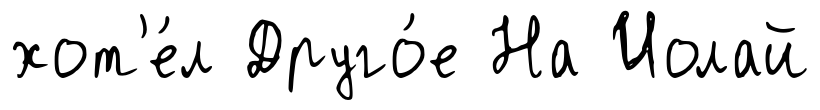
хот'е́л Друго́е На Иолай